Insane asylums in Bengal annual reports 1867-1875 - 1867-1875
Year: 1867
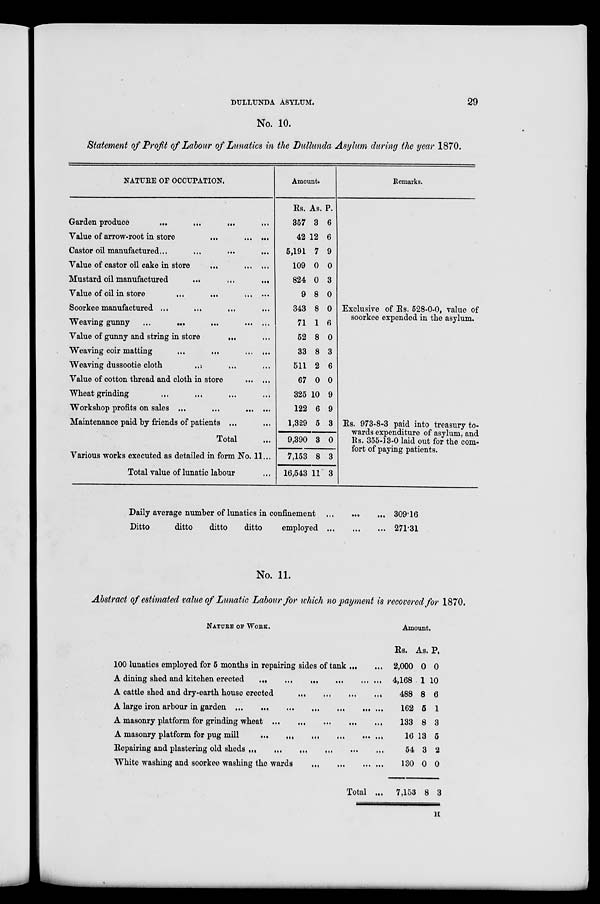
DULLUNDA ASYLUM.
29
No. 10.
Statement of Profit of Labour of Lunatics in the Dullunda Asylum during the year 1870.
NATURE OF OCCUPATION.
Garden produce
...
...
...
Value of arrow-root in store
...
...
...
Castor oil manufactured...
...
...
...
Value of castor oil cake in store
...
...
...
Mustard oil manufactured
...
...
...
Value of oil in store
...
...
... ...
Soorkee manufactured ... ... ... ... ...
Weaving gunny
...
...
...
...
Value of gunny and string in store
... ...
Weaving coir matting
...
...
...
...
Weaving dussootie cloth
...
...
Value of cotton thread and cloth in store
...
...
Wheat grinding ... ... ... ...
Workshop profits on sales ...
...
... ...
Maintenance paid by friends of patients ... ...
Total ...
Various works executed as detailed in form No. 11...
Total value of lunatic labour ...
Amount.
Rs.
357
42
5,191
109
824
9
343
71
52
33
511
67
325
122
1,329
9,390
7,153
16,543
As.
3
12
7
0
0
8
8
1
8
8
2
0
10
6
5
3
8
11
P.
6
6
9
0
3
0
0
6
0
3
6
0
9
9
3
0
3
3
Remarks.
Exclusive of Rs. 528-0-0, value of
soorkee expended in the asylum.
Rs. 973-8-3 paid into treasury to-
wards expenditure of asylum, and
Rs. 355-13-0 laid out for the com-
fort of paying patients.
Daily average number of lunatics in confinement
...
...
...
Ditto
ditto
ditto
ditto
employed
...
...
...
309.16
271.31
No. 11.
Abstract of estimated value of Lunatic Labour for which no payment is recovered for 1870.
NATURE OF WORK.
100 lunatics employed for 5 months in repairing sides of tank ... ...
A dining shed and kitchen erected
...
...
...
...
...
...
A cattle shed and dry-earth house erected
...
...
...
...
A large iron arbour in garden
...
...
...
...
...
...
...
A masonry platform for grinding wheat ... ... ... ... ...
A masonry platform for pug mill ... ... ... ... ...
Repairing and plastering old sheds ... ... ... ... ...
White washing and soorkee washing the wards ... ... ... ... ...
Total ...
Amount.
Rs.
2,000
4,168
488
162
133
16
54
130
7,153
As.
0
1
8
5
8
13
3
0
8
P.
0
10
6
1
3
5
2
0
3
H